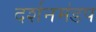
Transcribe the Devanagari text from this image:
दर्शनमंडप